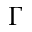
\Gamma